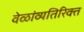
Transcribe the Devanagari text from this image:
वेळांव्यतिरिक्त